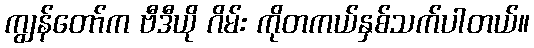
ကျွန်တော်က ဗီဒီယို ဂိမ်း ကိုတကယ်နှစ်သက်ပါတယ်။